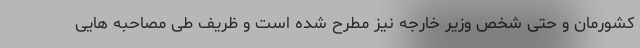
کشورمان و حتی شخص وزیر خارجه نیز مطرح شده است و ظریف طی مصاحبه هایی